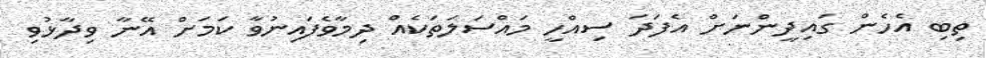
ތިބި އެހެން ގައިދީންނަށް އެފަދަ ސިއްހީ މައްސަލަތަކެއް ދިމާވެފައިނުވާ ކަމަށް އޭނާ ވިދާޅުވި